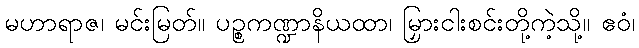
မဟာရာဇ၊ မင်းမြတ်။ ပဉ္စကဏ္ဍာနိယထာ၊ မြှားငါးစင်းတို့ကဲ့သို့။ ဧဝံ၊